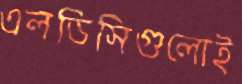
এলডিসিগুলোই